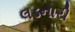
લડનારી